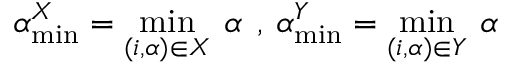
\alpha _ { \operatorname* { m i n } } ^ { X } = \operatorname* { m i n } _ { ( i , \alpha ) \in X } \: \alpha \: \: , \: \alpha _ { \operatorname* { m i n } } ^ { Y } = \operatorname* { m i n } _ { ( i , \alpha ) \in Y } \: \alpha